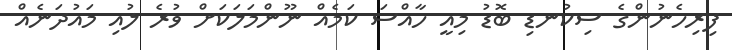
ފިރިހެނުންގެ ސިކުނޑި ބޮޑު މިއީ ހާއްސަ ކަމެއް ނޫންމަލަކަށް ވުރެ ލުއި މައުދަނެއް